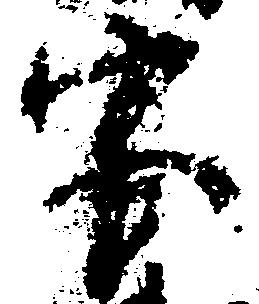
宮